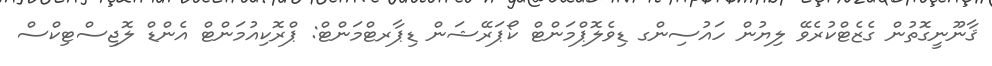
ޤާނޫނީގޮތުން ގެޒެޓްކުރެވޭ ލިޔުން ހައުސިންގ ޑިވެލޮޕްމަންޓް ކޯޕަރޭޝަން ޑިޕާރޓްމަންޓް: ޕްރޮކިއުމަންޓް އެންޑް ލޮޖިސްޓިކްސް